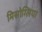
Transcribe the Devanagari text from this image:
मिसोग्लिया